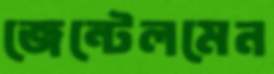
জেন্টেলমেন